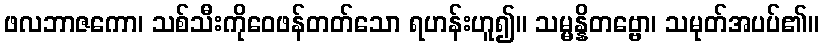
ဖလဘာဇကော၊ သစ်သီးကိုဝေဖန်တတ်သော ရဟန်းဟူ၍။ သမ္မန္နိတဗ္ဗော၊ သမုတ်အပပ်၏။